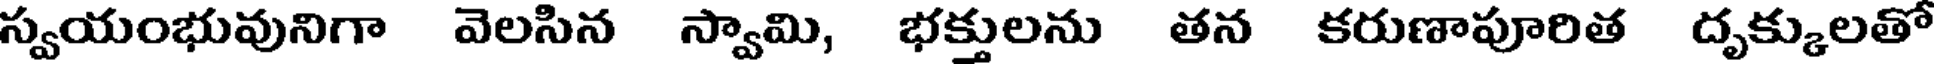
స్వయంభువునిగా వెలసిన స్వామి, భక్తులను తన కరుణాపూరిత దృక్కులతో